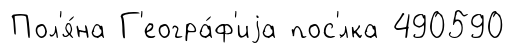
Пол'я́на Г'еогра́ф'иjа пос'́лка 490590